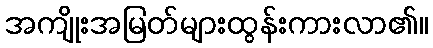
အကျိုးအမြတ်များထွန်းကားလာ၏။